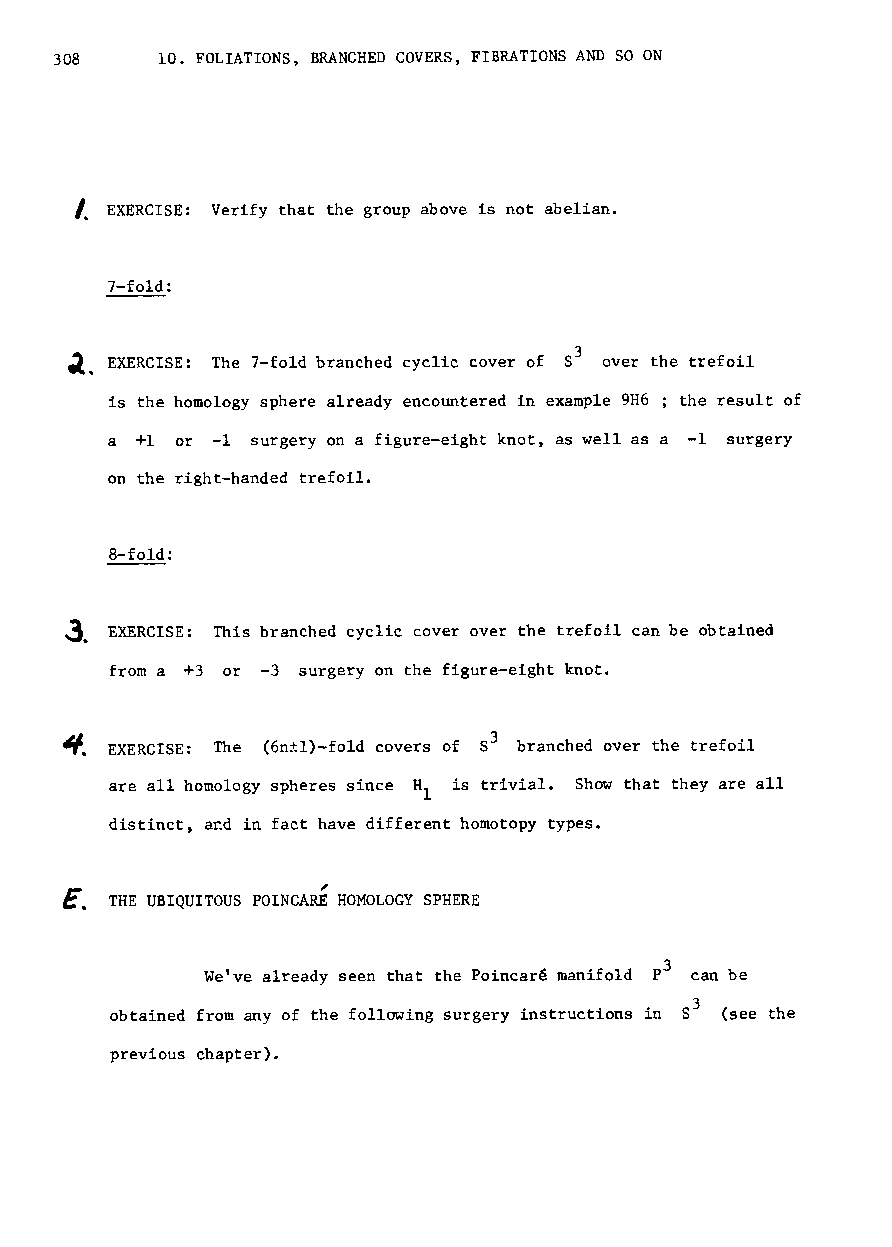
308    10. FOLIATIONS, BRANCHED COVERS, FIBRATIONS AND SO ON
 I,
 EXERCISE: Verify that the group above is not abelian.
 7-fold:
 ~t                               3
 EXERCISE: The 7-fold branched cyclic cover of 8 over the trefoil
 is the homology sphere already encountered in example 9H6 the result of
 a +1 or -1 surgery on a figure-eight knot, as well as a -1 surgery
 on the right-handed trefoil.
 8-fold:
 ~. EXERCISE: This branched cyclic cover over the trefoil can be obtained
 from a +3 or -3 surgery on the figure-eight knot.
 ~.                          3
 EXERCISE: The (6n±1)-fold covers of 8 branched over the trefoil
 are all homology spheres since HI is trivial. Show that they are all
 distinct~ a~d in fact have different homotopy types.
 ~
 THE UBIQUITOUS POINCARE HOMOLOGY SPHERE
 We've already seen that the Poincare manifold p3 can be
 obtained from any of the following surgery instructions in S3 (see the
 previous chapter).